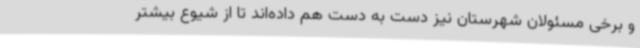
و برخی مسئولان شهرستان نیز دست به دست هم داده‌اند تا از شیوع بیشتر